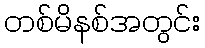
တစ်မိနစ်အတွင်း